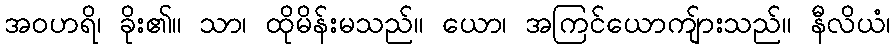
အဝဟရိ၊ ခိုး၏။ သာ၊ ထိုမိန်းမသည်။ ယော၊ အကြင်ယောကျ်ားသည်။ နီလိယံ၊